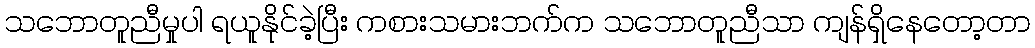
သဘောတူညီမှုပါ ရယူနိုင်ခဲ့ပြီး ကစားသမားဘက်က သဘောတူညီသာ ကျန်ရှိနေတော့တာ